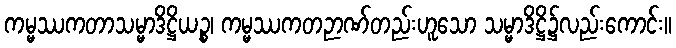
ကမ္မဿကတာသမ္မာဒိဋ္ဌိယဉ္စ၊ ကမ္မဿကတဉာဏ်တည်းဟူသော သမ္မာဒိဋ္ဌိ၌လည်းကောင်း။